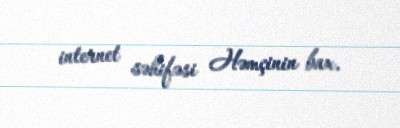
internet səhifəsi Həmçinin bax.